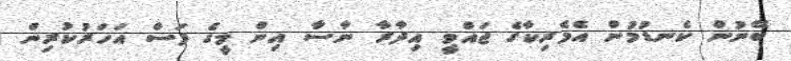
ބޭނުން ކެނޑުމުން އެމެރިކާގެ ޖައްވީ އިދާރާ ނާސާ އިން މީގެ ފަސް އަހަރުކުރިން